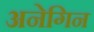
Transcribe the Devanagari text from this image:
अनेगिन